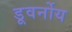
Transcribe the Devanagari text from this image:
डूवर्नोय